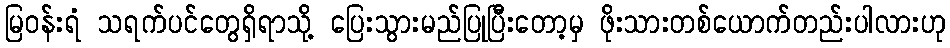
မြဝန်းရံ သရက်ပင်တွေရှိရာသို့ ပြေးသွားမည်ပြုပြီးတော့မှ ဖိုးသားတစ်ယောက်တည်းပါလားဟု